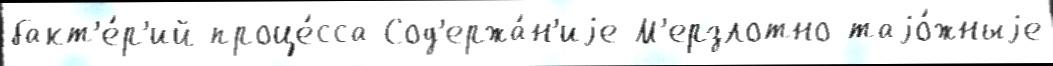
бакт'е́р'ий проце́сса Сод'ержа́н'иjе М'ерзлотно-таjо́жныjе